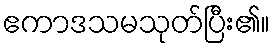
ဧကာဒသမသုတ်ပြီး၏။